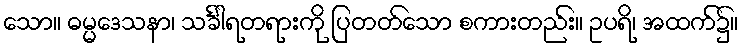
သော။ ဓမ္မဒေသနာ၊ သင်္ခါရတရားကို ပြတတ်သော စကားတည်း။ ဥပရိ၊ အထက်၌။